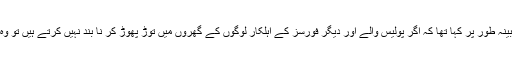
عسکریت پسندوں نے گھر میں موجود افراد سے مبینہ طور پر کہا تھا کہ اگر پولیس والے اور دیگر فورسز کے اہلکار لوگوں کے گھروں میں توڑ پھوڑ کر نا بند نہیں کرتے ہیں تو وہ اُن کے گھروں کو بھی اسی طرح ہدف بنائیں گے۔